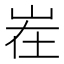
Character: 𱛜